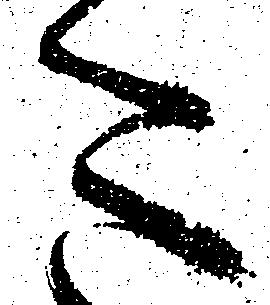
た